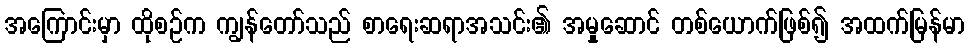
အကြောင်းမှာ ထိုစဉ်က ကျွန်တော်သည် စာရေးဆရာအသင်း၏ အမှုဆောင် တစ်ယောက်ဖြစ်၍ အထက်မြန်မာ